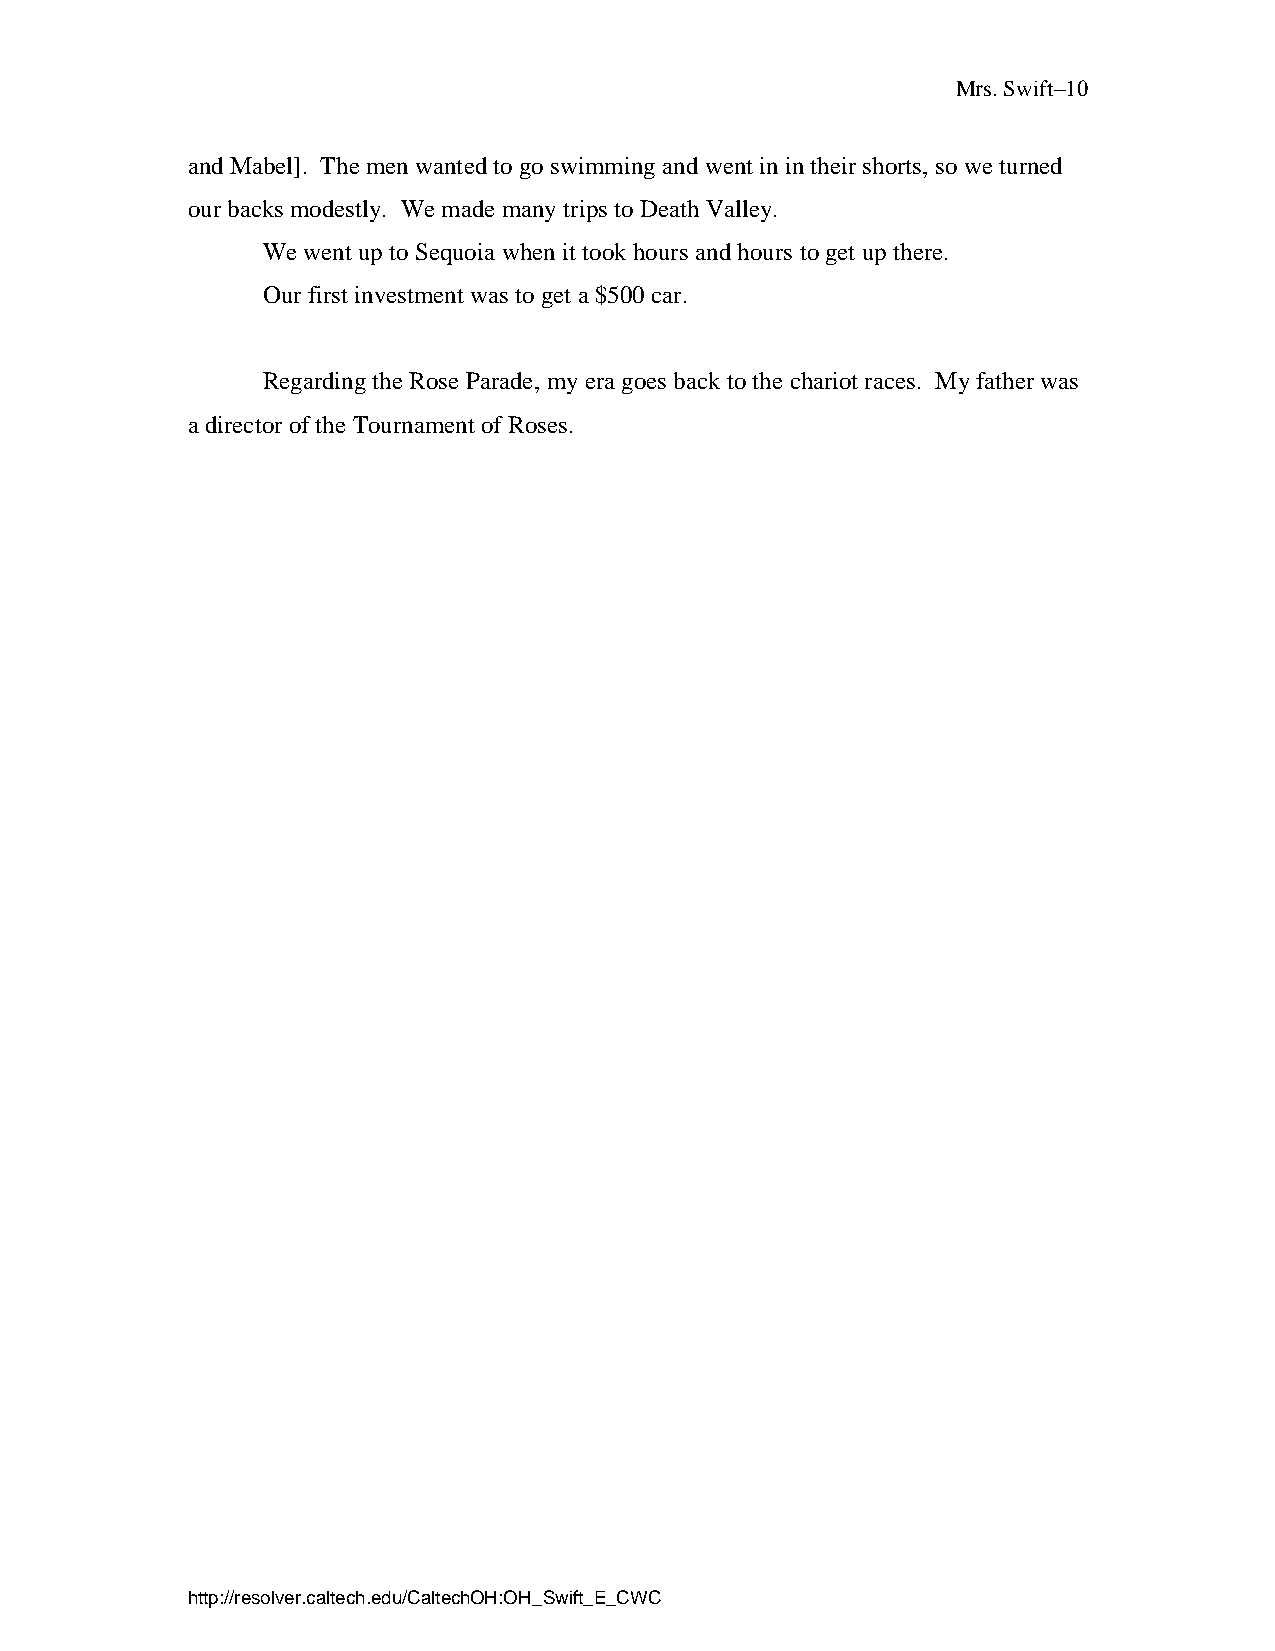
Mrs. Swift–10
 and Mabel]. The men wanted to go swimming and went in in their shorts, so we turned
 our backs modestly. We made many trips to Death Valley.
 We went up to Sequoia when it took hours and hours to get up there.
 Our first investment was to get a $500 car.
 Regarding the Rose Parade, my era goes back to the chariot races. My father was
 a director of the Tournament of Roses.
 http://resolver.caltech.edu/CaltechOH:OH_Swift_E_CWC